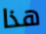
هذا